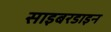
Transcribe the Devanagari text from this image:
साइबरडाइन